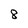
Character: 8